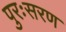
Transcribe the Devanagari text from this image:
पुरःसरण